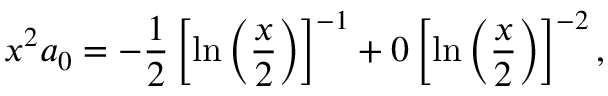
x ^ { 2 } a _ { 0 } = - \displaystyle \frac { 1 } { 2 } \left[ \ln \left( \displaystyle \frac { x } { 2 } \right) \right] ^ { - 1 } + 0 \left[ \ln \left( \displaystyle \frac { x } { 2 } \right) \right] ^ { - 2 } ,